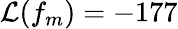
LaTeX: \mathcal{L}(f_{m})=-177